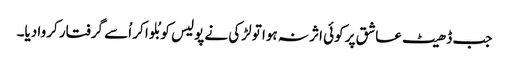
جب ڈھیٹ عاشق پر کوئی اثر نہ ہوا تو لڑکی نے پولیس کو بُلوا کر اُسے گرفتار کروا دیا۔